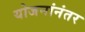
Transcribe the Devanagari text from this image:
योजनांनंतर